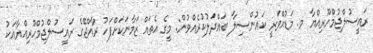
ރައީސުލްޖުމްހޫރިއްޔާ މ. މަޑުއްވަރީ ކައުންސިލާ ބައްދަލުކުރެއްވުން: މީގެ އެތައް ޒަމާނަކަށްފަހު ރާއްޖޭގެ ރައީސުލްޖުމްހޫރިއްޔާއަކު